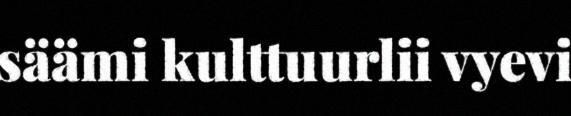
säämi kulttuurlii vyevi